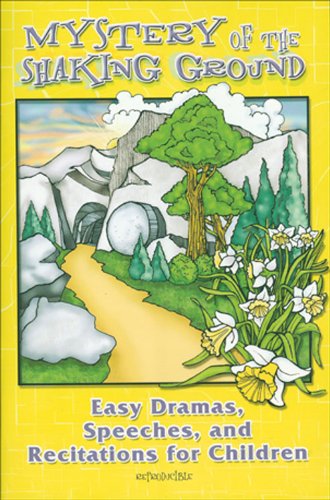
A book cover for Mystery of the Shaking Ground: Dramas, Speeches, and Recitations for Children; LeeDell Stickler; Christian Books & Bibles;